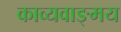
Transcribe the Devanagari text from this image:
काव्यवाङ्‌मय